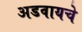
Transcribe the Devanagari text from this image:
अडवायचे